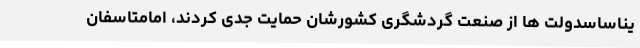
یناساسدولت ها از صنعت گردشگری کشورشان حمایت جدی کردند، امامتاسفان